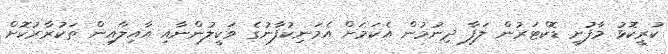
ކުރީކޮޅު މާފުށީ ޑޮކްޓަރުން ލަފާ ދިނުމުން އެކަމަށް އެމަނިކުފާނުގެ ވަކީލުންނާއި އާއިލާއިން ތަކުރާރުކޮށް